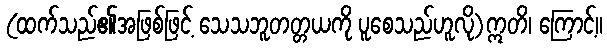
(ထက်သည်၏အဖြစ်ဖြင့် သေသဘူတတ္တယကို ပူစေသည်ဟူလို)ဣတိ၊ ကြောင့်။